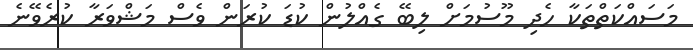
މަސައްކަތްތަކާ ހެދި މޫސުމަށް ލިބޭ ގެއްލުން ކުޑަ ކުރަން ވެސް މަޝްވަރާ ކުރެވޭނެ